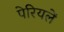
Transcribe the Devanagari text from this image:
पेरियलें